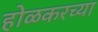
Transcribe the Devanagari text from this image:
होळकरच्या